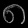
Digit: ၈